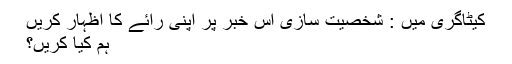
کیٹاگری میں : شخصیت سازی اس خبر پر اپنی رائے کا اظہار کریں
ہم کیا کریں؟